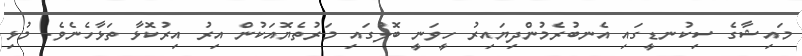
މައިޝާގެ ސިކުނޑީގައި އެނބުރެމުންދިޔައިރު ހީވަނީ ބޮލުގައި މަރުތެޔޮއަކުން އިރު އިރުކޮޅާ ތަޅާހެނެވެ. މުޅި